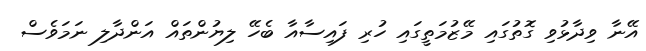
އޭނާ ވިދާޅުވި ގޮތުގައި މޭޒުމަތީގައި ހުރި ފައިސާއާ ބެހޭ ލިޔުންތައް އަންދާލި ނަމަވެސް